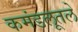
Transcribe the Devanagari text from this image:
कमंडलूतले